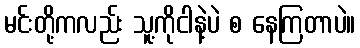
မင်းတို့ကလည်း သူ့ကိုငါနဲ့ပဲ စ နေကြတာပဲ။